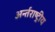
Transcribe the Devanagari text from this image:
अर्न्‍तराष्‍ट्रीय